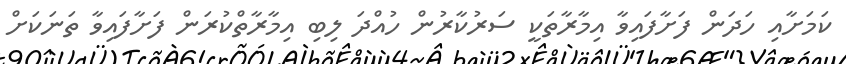
ކަމަށާއި ހަދަން ފަށާފައިވާ އިމާރާތަކީ ސަރުކާރުން ހުއްދަ ލިބި އިމާރާތްކުރަން ފަށާފައިވާ ތަނަކަށް